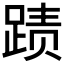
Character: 𲃫